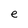
Character: e